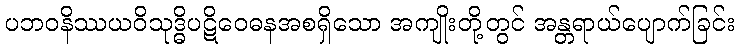
ပဘဝနိဿယဝိသုဒ္ဓိပဋိဝေဓနအစရှိသော အကျိုးတို့တွင် အန္တရာယ်ပျောက်ခြင်း